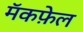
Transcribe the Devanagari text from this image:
मॅकफ़ेल